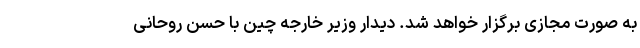
به صورت مجازی برگزار خواهد شد. دیدار وزیر خارجه چین با حسن روحانی